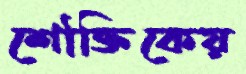
শৌক্তিকেয়